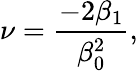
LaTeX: \nu=\frac{-2\beta_{1}}{\beta_{0}^{2}},